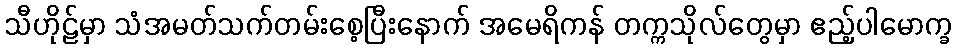
သီဟိုဠ်မှာ သံအမတ်သက်တမ်းစေ့ပြီးနောက် အမေရိကန် တက္ကသိုလ်တွေမှာ ဧည့်ပါမောက္ခ